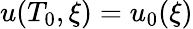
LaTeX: u(T_{0},\xi)=u_{0}(\xi)